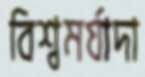
বিশ্বমর্যাদা